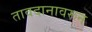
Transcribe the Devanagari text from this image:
तावदानावरून